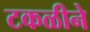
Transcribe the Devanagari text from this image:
टकळीने